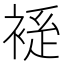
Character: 𫌃